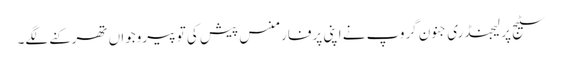
سٹیج پر لیجنڈری جنون گروپ نے اپنی پرفارمنس پیش کی تو پیروجواں تھرکنے لگے۔